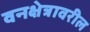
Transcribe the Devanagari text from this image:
वनक्षेत्रावरील